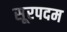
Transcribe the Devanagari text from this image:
सूरपदम